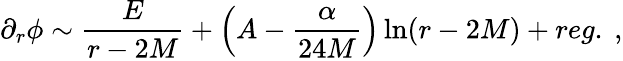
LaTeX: \partial_{r}\phi\sim\frac{E}{r-2M}+\left(A-\frac{\alpha}{24M}\right)\ln(r-2M)+reg.\ ,